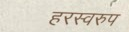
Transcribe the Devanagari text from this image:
हरस्वरुप